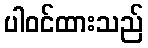
ပါဝင်ထားသည်